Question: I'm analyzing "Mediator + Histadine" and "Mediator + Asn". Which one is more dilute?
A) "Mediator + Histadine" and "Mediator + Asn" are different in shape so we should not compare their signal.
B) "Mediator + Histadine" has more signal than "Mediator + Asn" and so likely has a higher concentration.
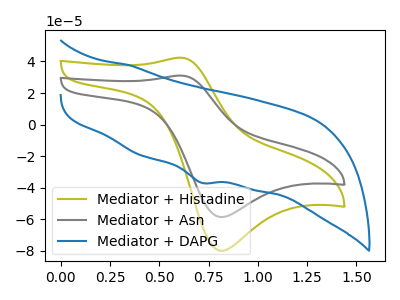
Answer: <think>The olive curve "Mediator + Histadine" has an anodic peak at (0.60V, 42.40uA) and a cathodic peak at (0.80V, -79.95uA). The gray curve "Mediator + Asn" has an anodic peak at (0.60V, 31.05uA) and a cathodic peak at (0.80V, -58.60uA). The blue curve "Mediator + DAPG" has a cathodic peak at: (0.70V, -36.80uA).
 All the peaks in "Mediator + Histadine" have a peak in "Mediator + Asn" at the same potential. Every peak in "Mediator + Histadine" is higher than every peak in "Mediator + Asn".</think>
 <answer>B) "Mediator + Histadine" has more signal than "Mediator + Asn" and so likely has a higher concentration.</answer>
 <eval>B</eval>